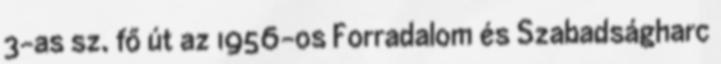
3-as sz. fő út az 1956-os Forradalom és Szabadságharc